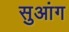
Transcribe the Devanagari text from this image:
सुआंग